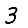
Digit: 3